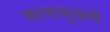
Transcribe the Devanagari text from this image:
वटवाघूळचे